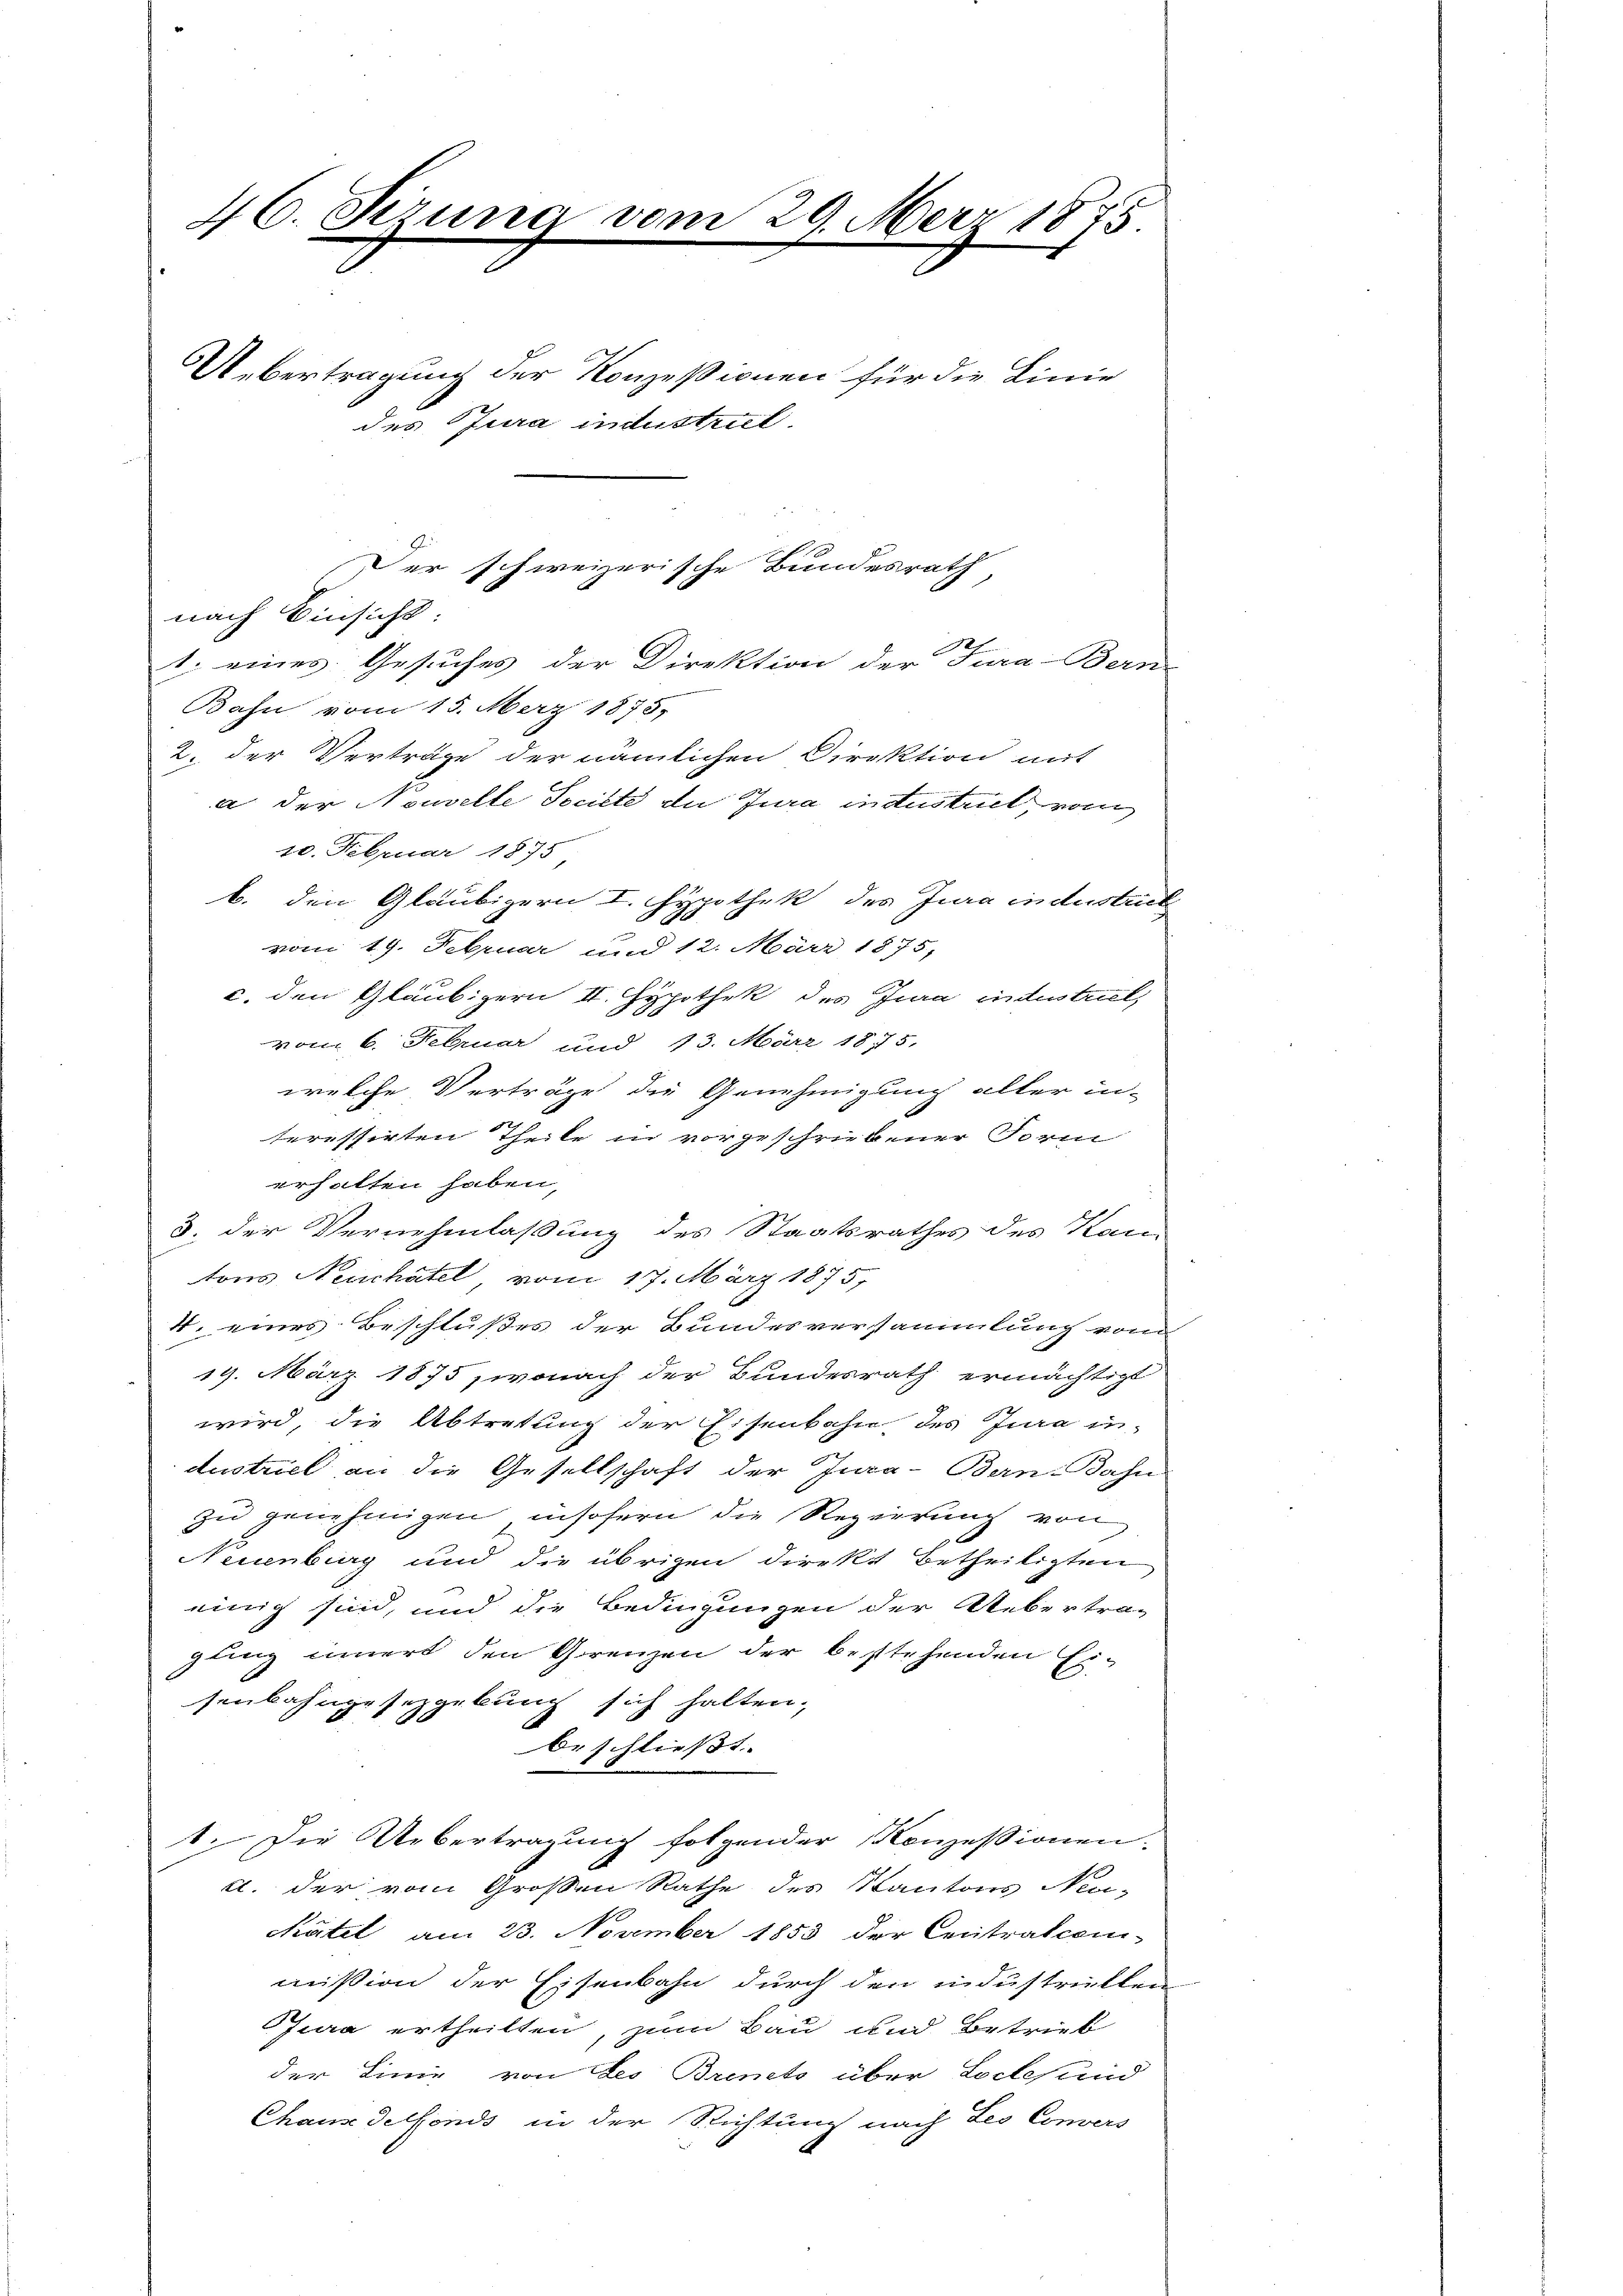
46. Strum

2

Der schweizerische Bundesrath,

29. März 1875.

Uebertragung der Konzessionen für die Linie
des Jura industriel

nach Einsicht:
1. eines Gesuches der Direktion der Jura Bern
Bahn vom 15. März 1875.
2. der Verträge der nämlichen Direktion mit
a der Nouvelle Societé de Jura industriel, vom
10. Februar 1875
b. den Gläubigern I. Hypothek des Jura industrie
vom 19. Februar und 12. März 1875,
c. den Gläubigern II. Hypothek des Jura industriel
vom 6. Februar und 13. März 1875.
welche Verträge die Genehmigung aller in-
teressirten Theile in vorgeschriebener Form
erhalten haben,
3. der Vernehmlassung des Staatsrathes des Kan-
tons Neuchâtel, vom 17. März 1875,
4. eines Beschlußes der Bundesversammlung vom
19. März 1875, wonach der Bundesrath ermächtigt
wird, die Abtretung der Eisenbahn des Jura in-
Austriel an die Gesellschaft der Inca-Bern. Dahn
zu genehmigen, insofern die Regierung von
Neuenburg und die übrigen direkt betheiligten
einig sind, und die Bedingungen der Uebertra-
glung innert den Grenzen der bestehenden Eisenbahngesezgebung sich halten,
beschließt:
1. Die Uebertragung folgender Konzessionen.
u. der vom Großen Rathe des Kantons Neu-
Kätel am 23. November 1853 der Contrationi-
mission der Eisenbahn durch den industriellen
Jura ertheilten, zum Bau und Betrieb
der Linie von des Brente über Lochesand
Chaux de fonds in der Richtung nach Leo Convers